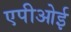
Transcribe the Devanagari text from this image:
एपीओई